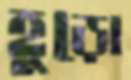
হুড়ো